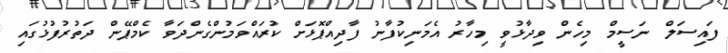
ފައިސަލް ނަސީމް މިހެން ވިދާޅުވީ މިހާރު އެމަނިކުފާނު ފާދިއްޕޮޅަށް ކުރައްވަމުންގެންދަވާ ކެމްޕޭން ދަތުރުފުޅުގައި